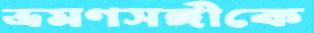
ভ্রমণসঙ্গীকে